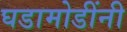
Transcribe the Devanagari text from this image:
घडामोडींनी